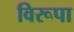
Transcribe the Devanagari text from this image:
विरूपा